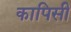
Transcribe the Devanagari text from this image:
कापिसी